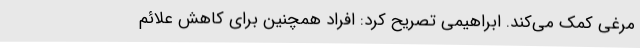
مرغی کمک می‌کند. ابراهیمی تصریح کرد: افراد همچنین برای کاهش علائم